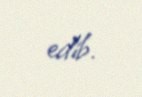
edib.